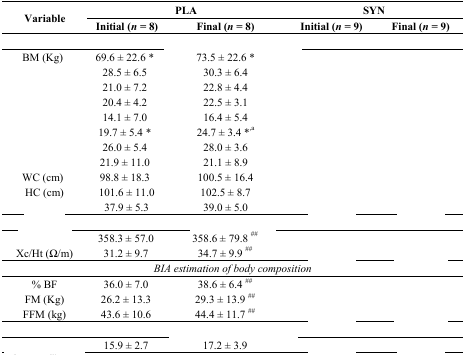
<table><thead><tr><td rowspan="2"><b>Variable</b></td><td colspan="2"><b>PLA</b></td><td colspan="2"><b>SYN</b></td></tr><tr><td><b>Initial (<i>n</i> = 8)</b></td><td><b>Final (<i>n</i> = 8)</b></td><td><b>Initial (<i>n</i> = 9)</b></td><td><b>Final (<i>n</i> = 9)</b></td></tr></thead><tbody><tr><td colspan="5">[EMPTY_CELL]</td></tr><tr><td>BM (Kg)</td><td>69.6 ± 22.6 *</td><td>73.5 ± 22.6 *</td><td>[EMPTY_CELL]</td><td>[EMPTY_CELL]</td></tr><tr><td>[EMPTY_CELL]</td><td>28.5 ± 6.5</td><td>30.3 ± 6.4</td><td>[EMPTY_CELL]</td><td>[EMPTY_CELL]</td></tr><tr><td>[EMPTY_CELL]</td><td>21.0 ± 7.2</td><td>22.8 ± 4.4</td><td>[EMPTY_CELL]</td><td>[EMPTY_CELL]</td></tr><tr><td>[EMPTY_CELL]</td><td>20.4 ± 4.2</td><td>22.5 ± 3.1</td><td>[EMPTY_CELL]</td><td>[EMPTY_CELL]</td></tr><tr><td>[EMPTY_CELL]</td><td>14.1 ± 7.0</td><td>16.4 ± 5.4</td><td>[EMPTY_CELL]</td><td>[EMPTY_CELL]</td></tr><tr><td>[EMPTY_CELL]</td><td>19.7 ± 5.4 *</td><td>24.7 ± 3.4 *<sup>,a</sup></td><td>[EMPTY_CELL]</td><td>[EMPTY_CELL]</td></tr><tr><td>[EMPTY_CELL]</td><td>26.0 ± 5.4</td><td>28.0 ± 3.6</td><td>[EMPTY_CELL]</td><td>[EMPTY_CELL]</td></tr><tr><td>[EMPTY_CELL]</td><td>21.9 ± 11.0</td><td>21.1 ± 8.9</td><td>[EMPTY_CELL]</td><td>[EMPTY_CELL]</td></tr><tr><td>WC (cm)</td><td>98.8 ± 18.3</td><td>100.5 ± 16.4</td><td>[EMPTY_CELL]</td><td>[EMPTY_CELL]</td></tr><tr><td>HC (cm)</td><td>101.6 ± 11.0</td><td>102.5 ± 8.7</td><td>[EMPTY_CELL]</td><td>[EMPTY_CELL]</td></tr><tr><td>[EMPTY_CELL]</td><td>37.9 ± 5.3</td><td>39.0 ± 5.0</td><td>[EMPTY_CELL]</td><td>[EMPTY_CELL]</td></tr><tr><td colspan="5">[EMPTY_CELL]</td></tr><tr><td>[EMPTY_CELL]</td><td>358.3 ± 57.0</td><td>358.6 ± 79.8 <sup>##</sup></td><td>[EMPTY_CELL]</td><td>[EMPTY_CELL]</td></tr><tr><td>Xc/Ht (Ω/m)</td><td>31.2 ± 9.7</td><td>34.7 ± 9.9 <sup>##</sup></td><td>[EMPTY_CELL]</td><td>[EMPTY_CELL]</td></tr><tr><td colspan="5"><i>BIA estimation of body composition</i></td></tr><tr><td>% BF</td><td>36.0 ± 7.0</td><td>38.6 ± 6.4 <sup>##</sup></td><td>[EMPTY_CELL]</td><td>[EMPTY_CELL]</td></tr><tr><td>FM (Kg)</td><td>26.2 ± 13.3</td><td>29.3 ± 13.9 <sup>##</sup></td><td>[EMPTY_CELL]</td><td>[EMPTY_CELL]</td></tr><tr><td>FFM (kg)</td><td>43.6 ± 10.6</td><td>44.4 ± 11.7 <sup>##</sup></td><td>[EMPTY_CELL]</td><td>[EMPTY_CELL]</td></tr><tr><td colspan="5">[EMPTY_CELL]</td></tr><tr><td>[EMPTY_CELL]</td><td>15.9 ± 2.7</td><td>17.2 ± 3.9</td><td>[EMPTY_CELL]</td><td>[EMPTY_CELL]</td></tr></tbody></table>